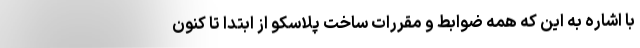
با اشاره به این که همه ضوابط و مقررات ساخت پلاسکو از ابتدا تا کنون